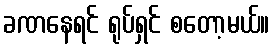
ခဏနေရင် ရုပ်ရှင် စတော့မယ်။